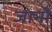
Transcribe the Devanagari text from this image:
जानीं